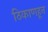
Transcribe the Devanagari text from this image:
ठिकाणहून